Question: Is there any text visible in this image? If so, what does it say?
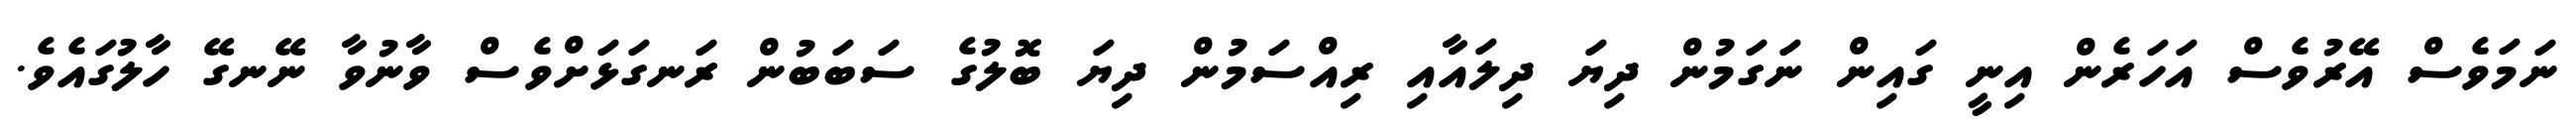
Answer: ނަމަވެސް އޭރުވެސް އަހަރެން އިނީ ގައިން ނަގަމުން ދިޔަ ދިލައާއި ރިއްސަމުން ދިޔަ ބޮލުގެ ސަބަބުން ރަނގަޅަށްވެސް ވާނުވާ ނޭނގޭ ހާލުގައެވެ.